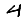
Digit: 4